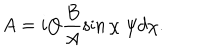
A = i Q \frac { B } { A } \sin \chi \; \psi d \chi .